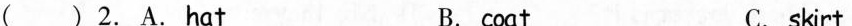
( )2. A.Hat B. coat C. skirt